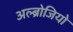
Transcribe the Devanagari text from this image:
अल्ब्रोजियो